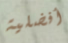
أفضلية